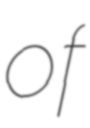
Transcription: of